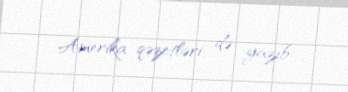
Amerika qəzetləri də yazıb.